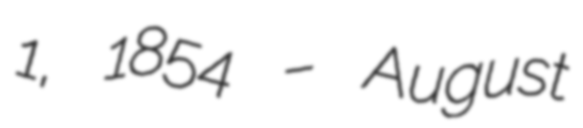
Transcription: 1, 1854 – August